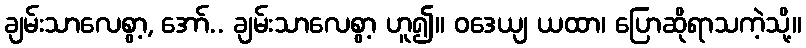
ချမ်းသာလေစွာ့, အော်.. ချမ်းသာလေစွာ့ ဟူ၍။ ဝဒေယျ ယထာ၊ ပြောဆိုရာသကဲ့သို့။